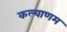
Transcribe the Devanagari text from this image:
कल्‍याणम